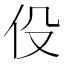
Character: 伇